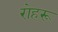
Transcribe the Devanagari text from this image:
रोहरू